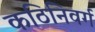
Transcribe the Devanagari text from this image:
कठिनिवर्ग